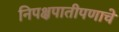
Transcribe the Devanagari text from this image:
निपक्षपातीपणाचे